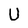
Character: U